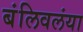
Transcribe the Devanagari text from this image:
बंलिवलंया